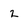
Character: 2